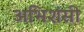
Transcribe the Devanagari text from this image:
अभिशंसी